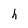
Character: h